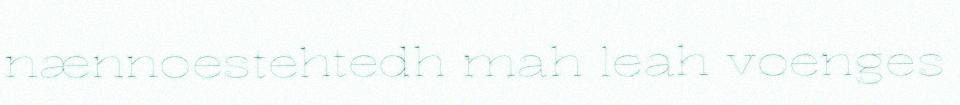
nænnoestehtedh mah leah voenges